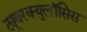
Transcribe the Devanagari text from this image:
ट्यूबरक्युलॉसिस